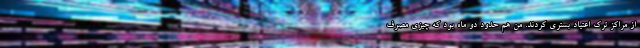
از مراکز ترک اعتیاد بستری کردند. من هم حدود دو ماه بود که چیزی مصرف